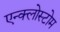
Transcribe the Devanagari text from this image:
एन्क्लोस्टोम